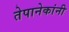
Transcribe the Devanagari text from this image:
तेपानेकांनी